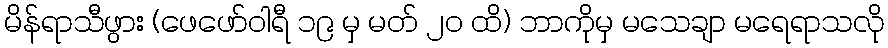
မိန်ရာသီဖွား (ဖေဖော်ဝါရီ ၁၉ မှ မတ် ၂၀ ထိ) ဘာကိုမှ မသေချာ မရေရာသလို